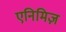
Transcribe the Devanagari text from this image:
एनिमिज़